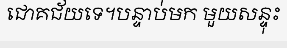
ជោគជ័យទេ។បន្ទាប់មក មួយសន្ទុះ